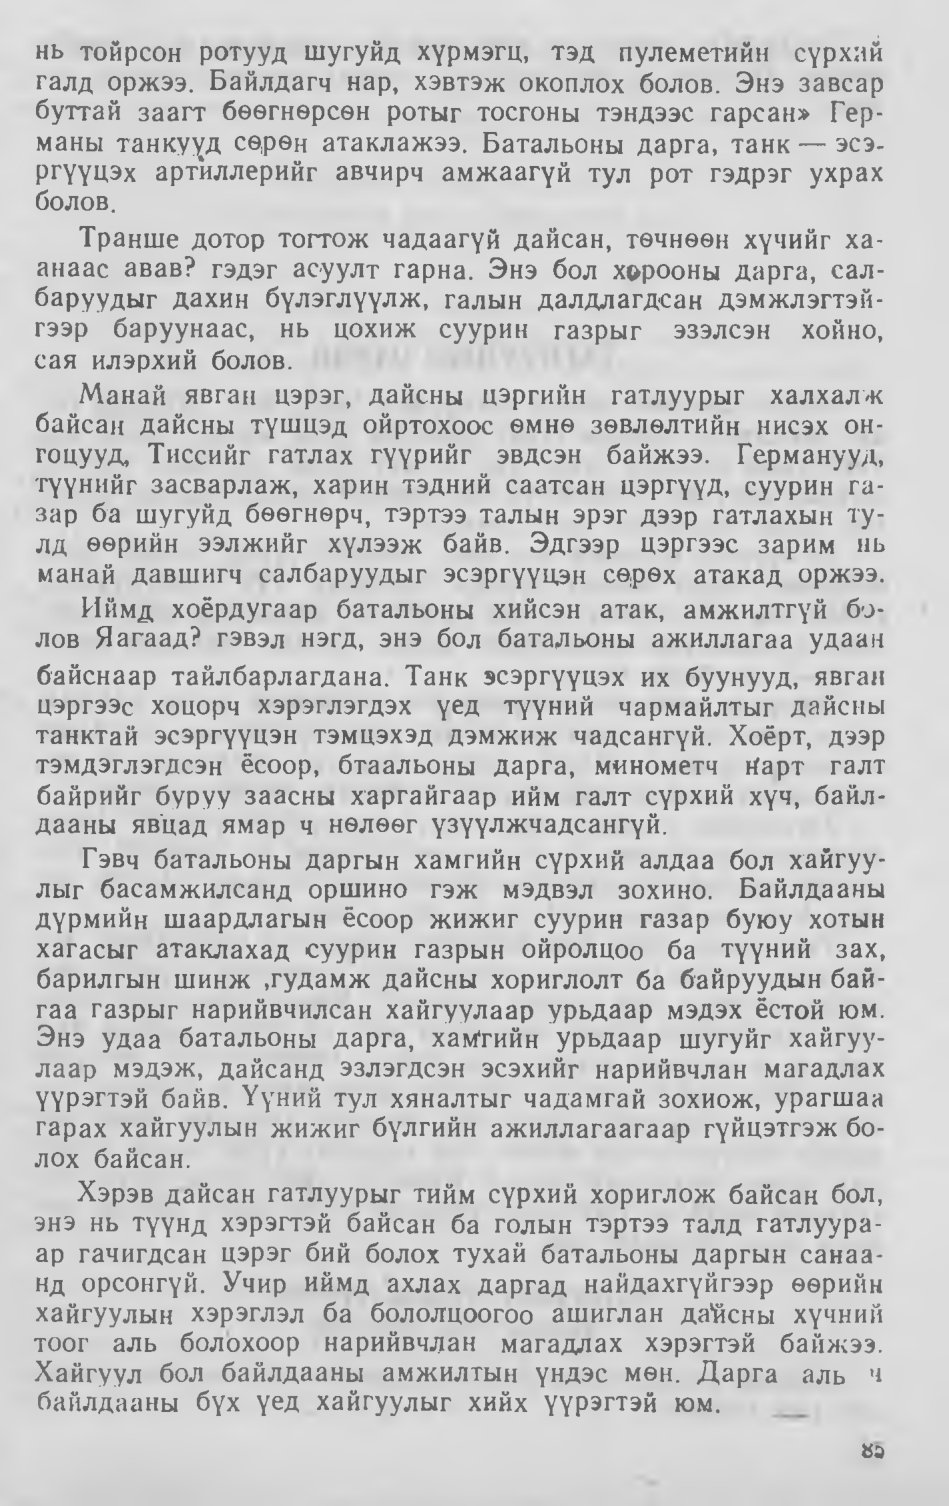
Language: mn